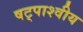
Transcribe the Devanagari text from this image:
षट्पाश्वीय